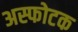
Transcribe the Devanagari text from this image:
अस्फोटक